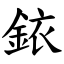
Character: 銥